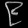
Digit: ၉